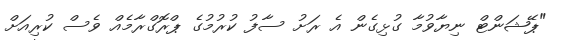
"ޕޭޝަންޓް ނިޔާވުމާ ގުޅިގެން އެ ރަށު ސާފު ކުރުމުގެ ޕްރޮގްރާމެއް ވެސް ކުރިއަށް